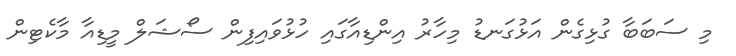
މި ސަބަބާ ގުޅިގެން އަޅުގަނޑު މިހާރު އިންޑިއާގައި ހުޅުވައިފިން ސޯޝަލް މީޑިއާ މާކެޓިން